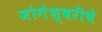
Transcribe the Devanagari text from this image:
जोगेश्वरीचे